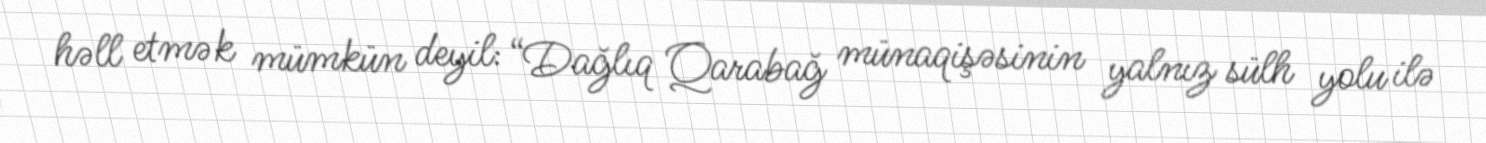
həll etmək mümkün deyil: “Dağlıq Qarabağ münaqişəsinin yalnız sülh yolu ilə